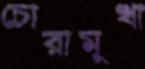
চোরামুখা